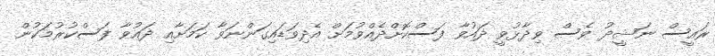
ރައީސް ނަޝީދު ވެސް ވިދާޅުވީ ދައުވާ ފަސްކޮށްދެއްވުމަށް އެދިވަޑައިގަންނަވާ ކަމަށާއި ދައުވާ ފަސްކުރުމަކުން